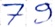
Text: 79